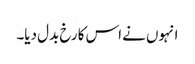
انہوں نے اس کا رخ بدل دیا۔